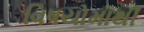
વિષયોમાથી